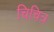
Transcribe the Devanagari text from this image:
चिचित्र